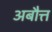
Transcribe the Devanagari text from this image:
अबौत्त